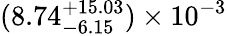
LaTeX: (8.74_{-6.15}^{+15.03})\times 10^{-3}